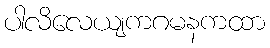
ပါလိလေယျကဂမနကထာ